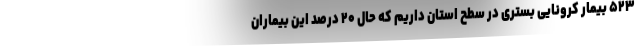
۵۲۳ بیمار کرونایی بستری در سطح استان داریم که حال ۲۰ درصد این بیماران